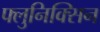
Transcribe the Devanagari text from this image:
फ्लुनिक्सिन